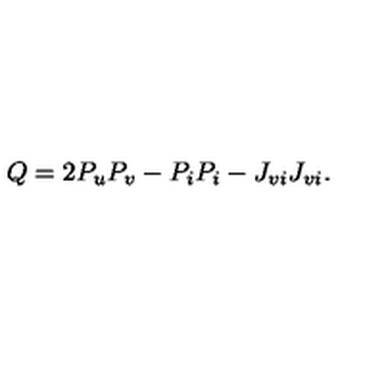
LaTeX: Q = 2 P _ { u } P _ { v } - P _ { i } P _ { i } - J _ { v i } J _ { v i } .